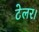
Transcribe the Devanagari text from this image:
टेलर।